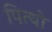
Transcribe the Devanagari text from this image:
पित्थो